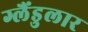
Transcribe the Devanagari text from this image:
ग्लैंडुलार